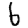
Digit: 6